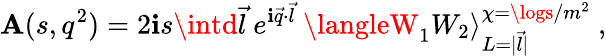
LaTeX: \mathbf{A}(s,q^{2})=2\mathbf{i}s\intd\vec{{l}}\ e^{\mathbf{i}\vec{{q}}\cdot\vec{{l}}}\ \langleW_{1}W_{2}\rangle_{L=|\vec{{l}}|}^{\chi=\logs/m^{2}}\ ,